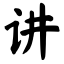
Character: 讲